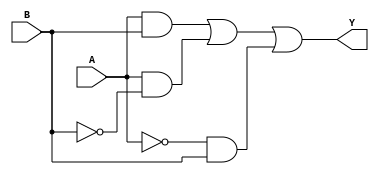
module two_variable_kmap (
    input wire A,      // Input variable A
    input wire B,      // Input variable B
    output wire Y      // Output variable Y
);

// Implementing the simplified Boolean expression derived from the K-map
assign Y = (A & B) | (A & ~B) | (~A & B); // Modify this expression based on your K-map

endmodule